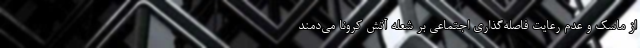
از ماسک و عدم رعایت فاصله‌گذاری اجتماعی بر شعله آتش کرونا می‌دمند